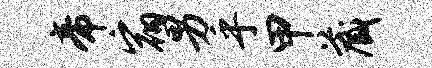
帝宿男乎甲藏